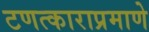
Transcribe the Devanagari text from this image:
टणत्काराप्रमाणे